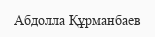
Абдолла Құрманбаев